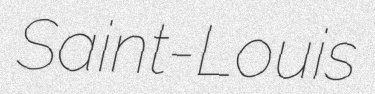
Saint-Louis